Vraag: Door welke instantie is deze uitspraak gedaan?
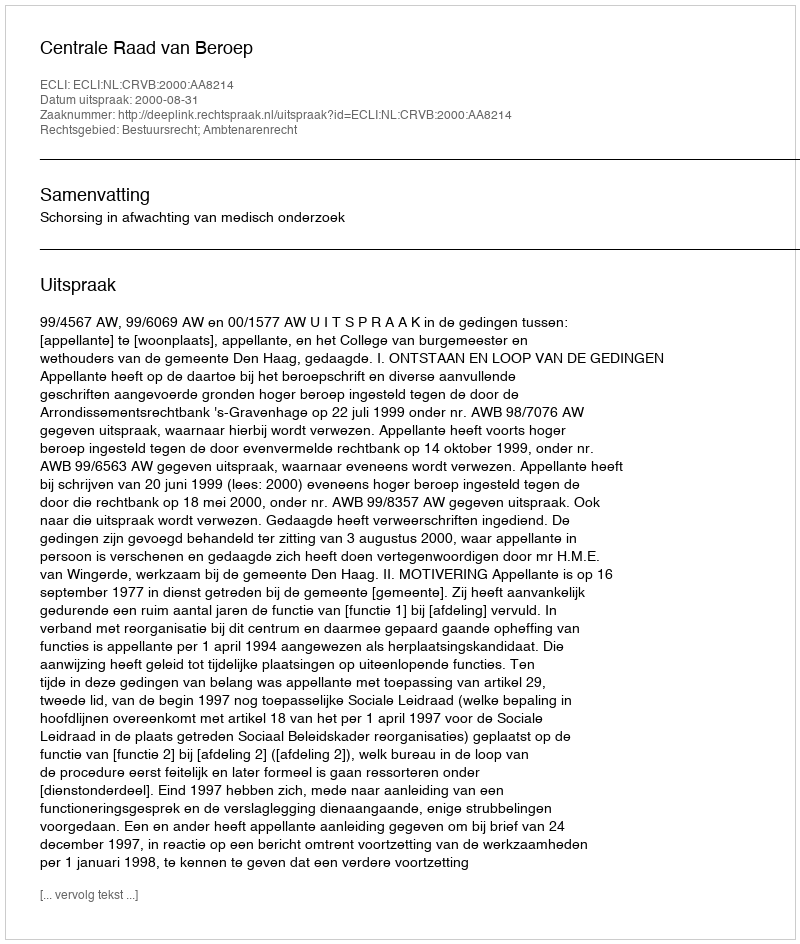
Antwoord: Centrale Raad van Beroep